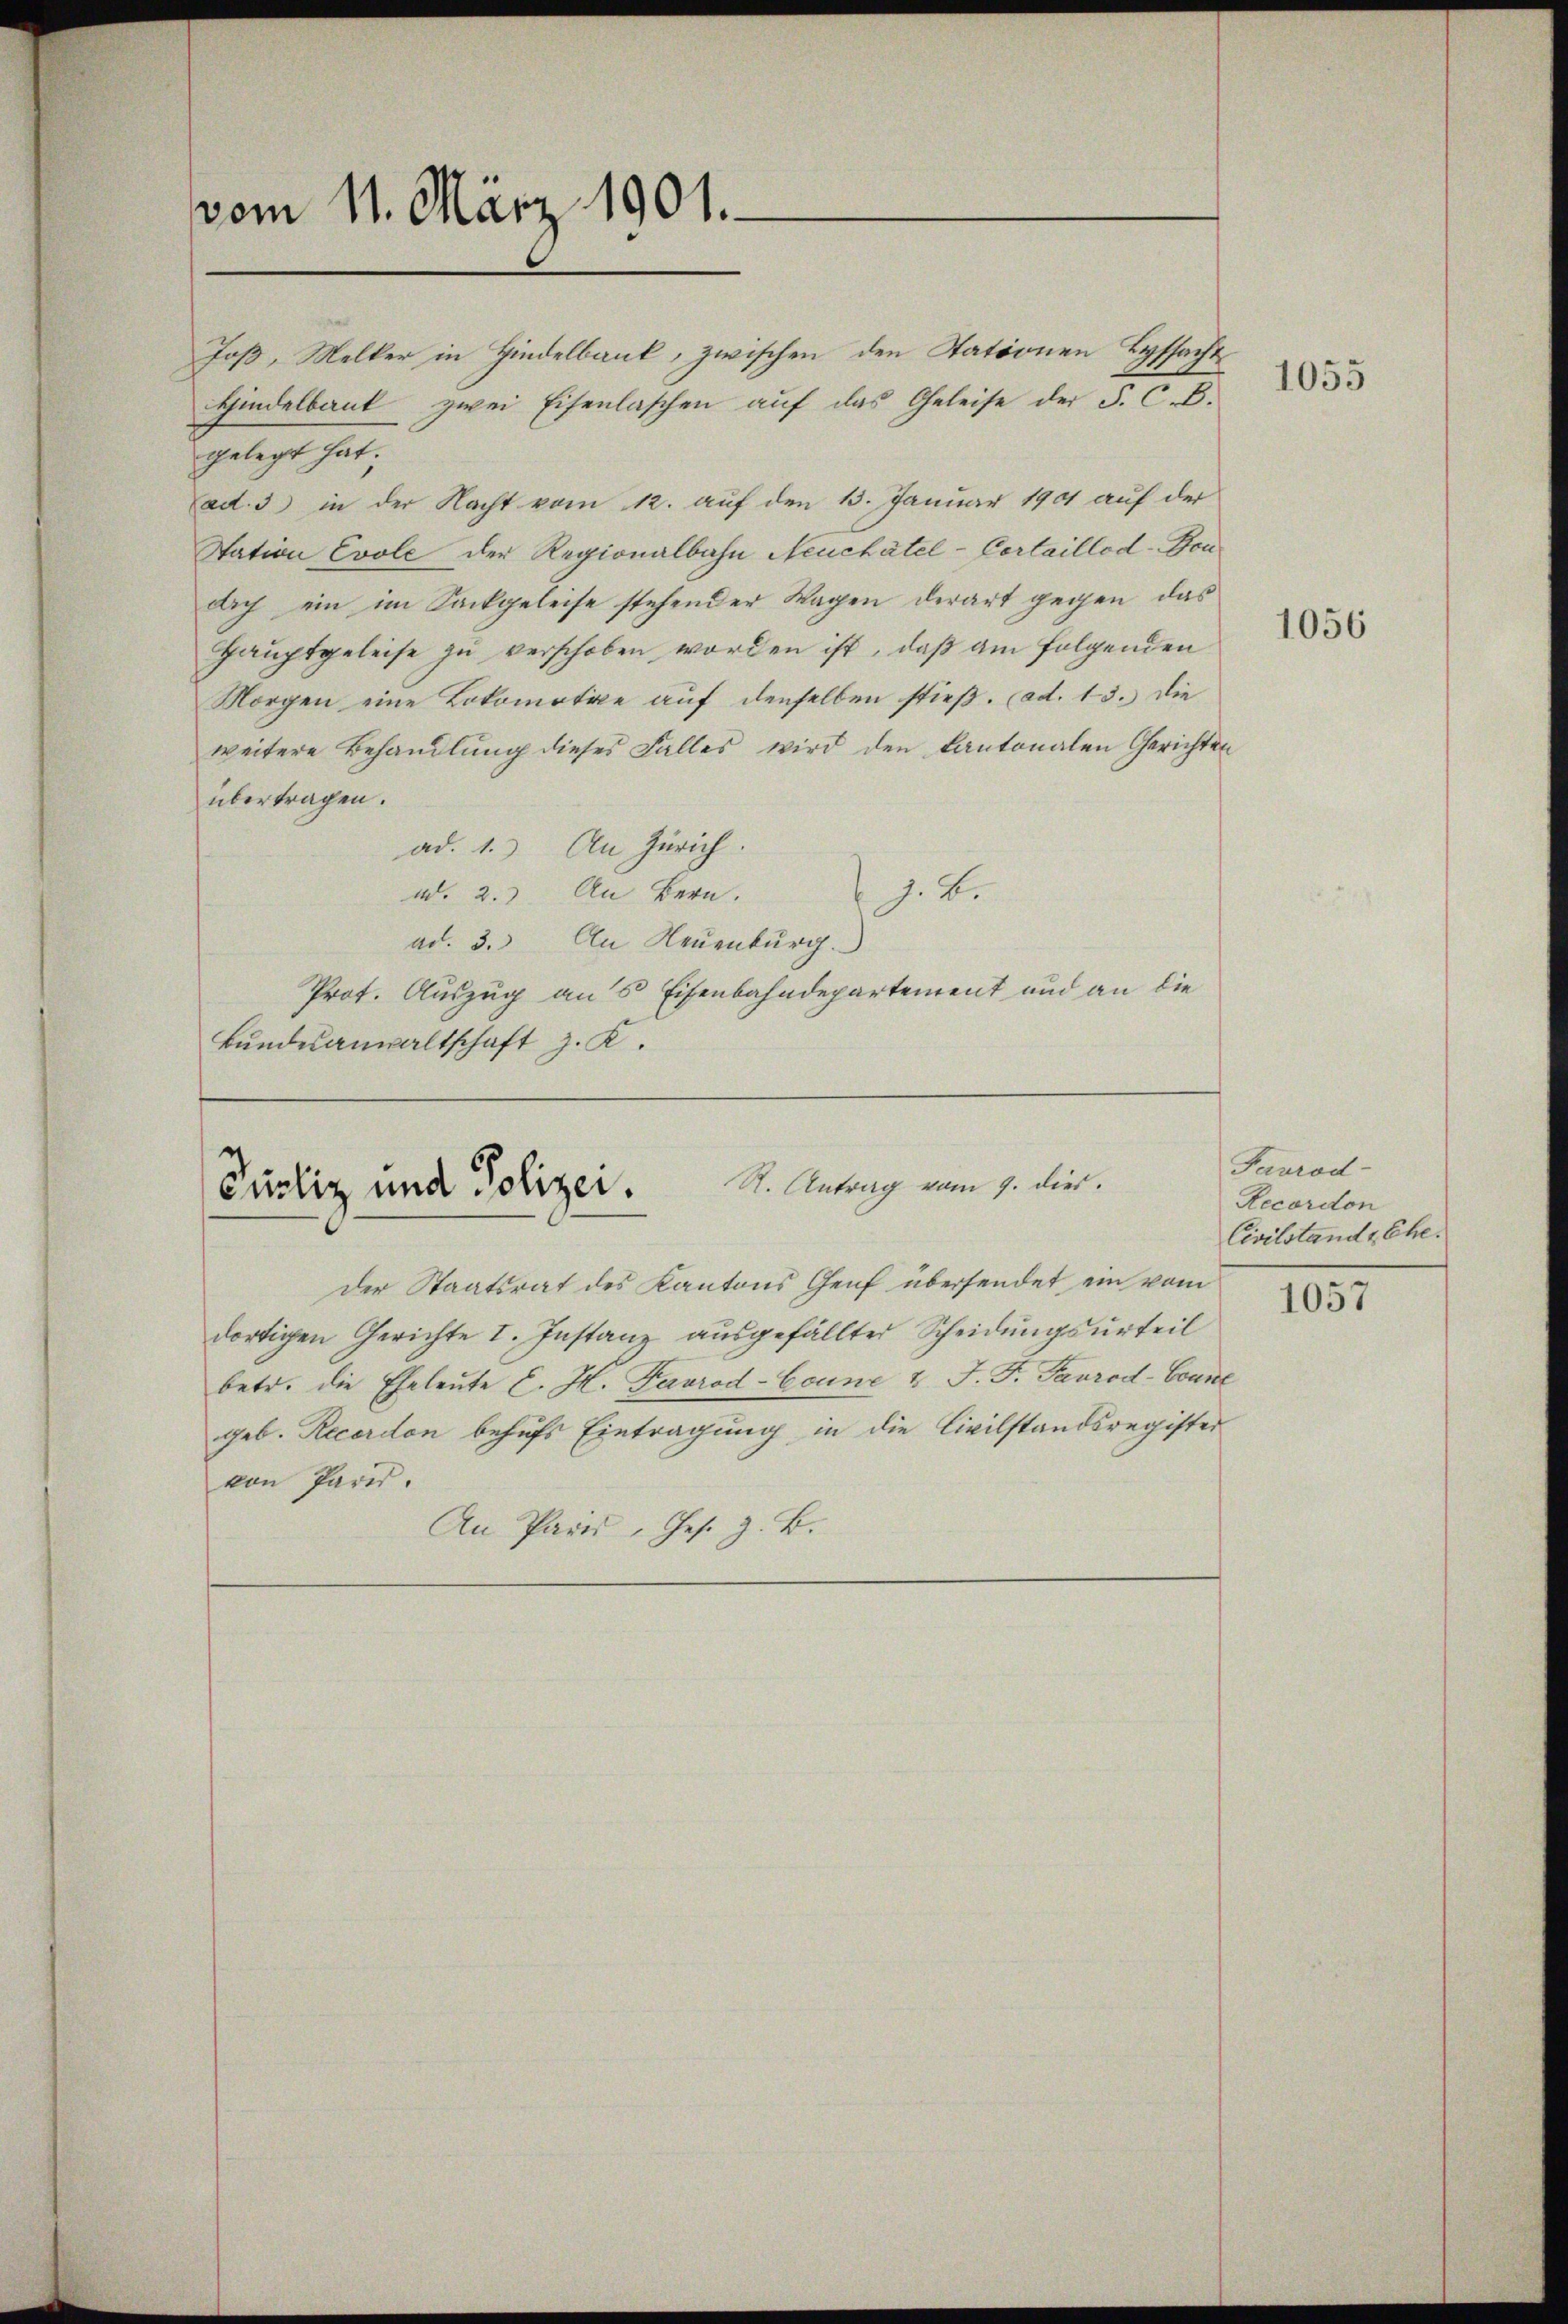
vom 11. März 1901.

Joß, Melker in Hindelbank, zwischen den Stationen Lyssacht
Hindelbaut zwei Eisenlaschen auf das Geleise der F. C. B.
gelegt hat;
ad. 3) in der Nacht vom 12. auf den 13. Januar 1901 auf der
Station Evole der Regionalbahn Neuchâtel-Cortaillod-Bondoch ein im Sackgeleise stehender Wagen derart gegen das
Hauptgeleise zu verschoben worden ist, daß am folgenden
Morgen eine Lokomotive auf denselben stieß. ad. 13. Die
weitere Behandlung dieses Falles wird den kantonalen Gerichten
übertragen.
ad. 1.) An Zürich.
z. B.
w. 2. An Bern.
ad. 3. An Neuenburg.
Prof. Auszug an’s Eisenbahndepartement und an die
Bundesanwaltschaft z. K.

Purliz und Polizer. St. Antrag vom 7. dies.

der Staatsrat des Kantons Genf übersendet ein vom
dortigen Gerichte I. Instanz ausgefällter Scheidungsurteil
betr. die Eheleute E. H. Favrod-Conne & J. F. Favrod-Count
geb. Recerdon behufs Eintragung in die Civilstandsregister
von Paris.
An Paris, Ges. z. B.

1055

1056

Favrod-
Recordon
Civilstande Ehe.

1057